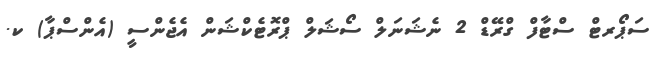
ސަޕޯރޓް ސްޓާފް ގްރޭޑް 2 ނެޝަނަލް ސޯޝަލް ޕްރޮޓެކްޝަން އެޖެންސީ (އެންސްޕާ) ކ.